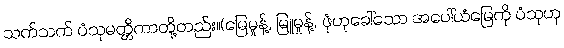
သက်သက် ပံသုမတ္တိကာတို့တည်း။(မြေမှုန့်, မြူမှုန့်, ဖုံဟုခေါ်သော အပေါ်ယံမြေကို ပံသုဟု